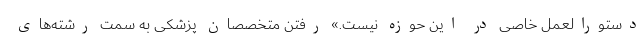
دستورالعمل خاصی در این حوزه نیست.» رفتن متخصصان پزشکی به سمت رشته‌های